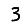
Digit: 3